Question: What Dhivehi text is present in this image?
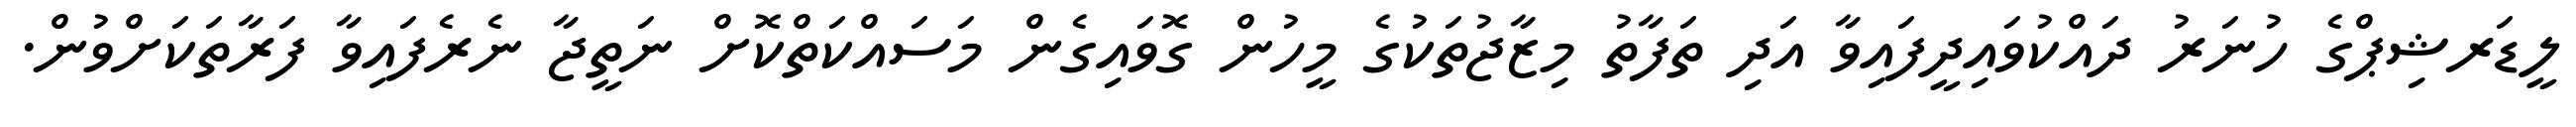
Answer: ލީޑަރޝިޕްގެ ހުނަރު ދައްކުވައިދީފައިވާ އަދި ތަފާތު މިޒާޖުތަކުގެ މީހުން ގޮވައިގެން މަސައްކަތްކޮށް ނަތީޖާ ނެރެފައިވާ ފަރާތަކަށްވުން.